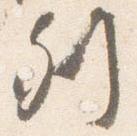
列